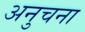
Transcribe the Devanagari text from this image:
अनुचना